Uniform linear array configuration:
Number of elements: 24
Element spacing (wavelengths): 0.5
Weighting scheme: hamming
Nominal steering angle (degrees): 60
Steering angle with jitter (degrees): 61.18
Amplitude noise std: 0.05
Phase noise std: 0.05

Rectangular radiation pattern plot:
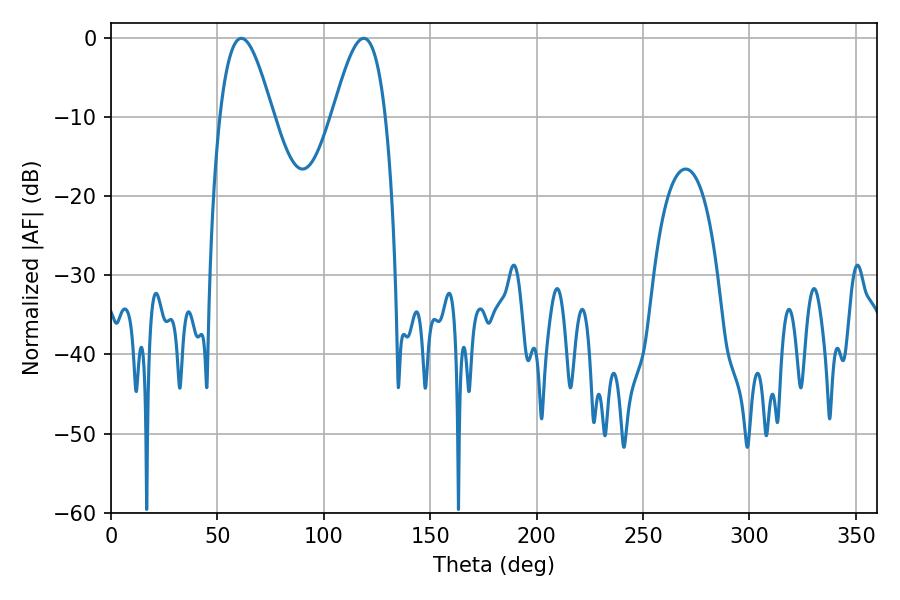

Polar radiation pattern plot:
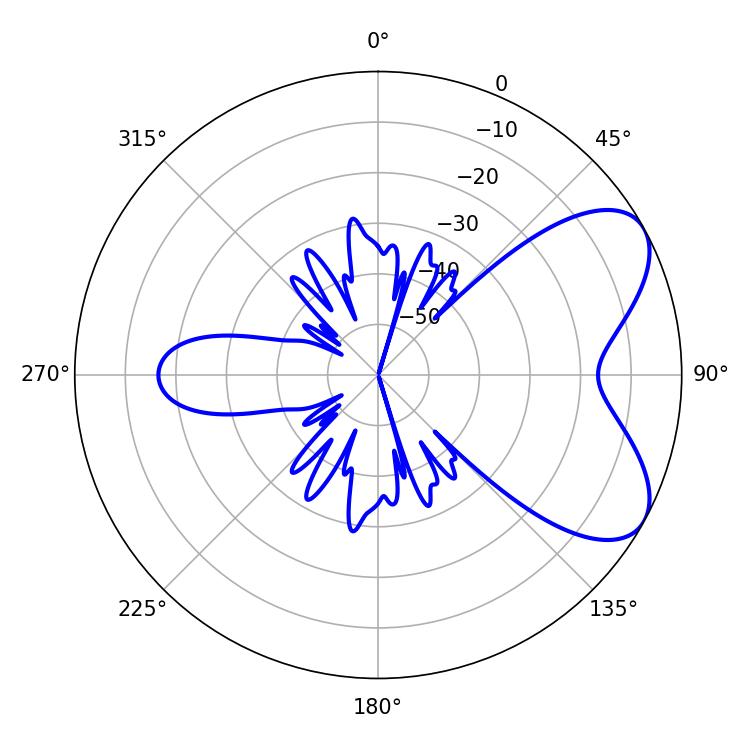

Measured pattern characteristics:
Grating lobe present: FALSE
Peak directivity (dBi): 6.413
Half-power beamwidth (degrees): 13.5
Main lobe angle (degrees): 61.2